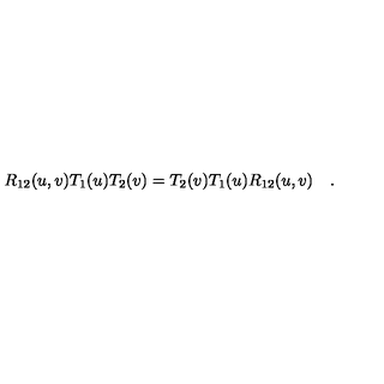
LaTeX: R _ { 1 2 } ( u , v ) T _ { 1 } ( u ) T _ { 2 } ( v ) = T _ { 2 } ( v ) T _ { 1 } ( u ) R _ { 1 2 } ( u , v ) \quad .